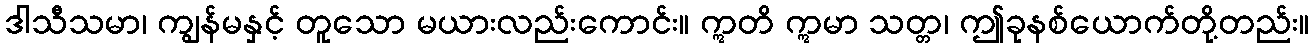
ဒါသီသမာ၊ ကျွန်မနှင့် တူသော မယားလည်းကောင်း။ ဣတိ ဣမာ သတ္တ၊ ဤခုနစ်ယောက်တို့တည်း။